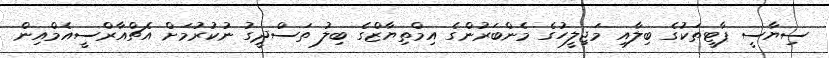
ސިޔާސީ ޕާޓީތަކުގެ ބިލާއި މަޖިލީހުގެ މެންބަރުންގެ އިމްތިޔާޒްގެ ބިލު ތަސްދީގު ނުކުރުމަށް އެޗްއާރްސީއެމްއިން